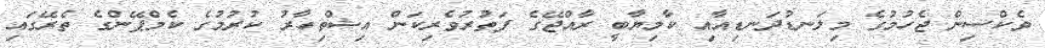
ވެކްސިން ޖެހުމުގެ މިލަނޑުދަނޑިއާއި ކާމިޔާބީ ރާއްޖޭގެ ފަތުރުވެރިކަން އިޝްތިހާރު ކުރުމުގެ ކެމްޕޭންގެ ތެރޭގައި